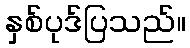
နှစ်ပုဒ်ပြသည်။